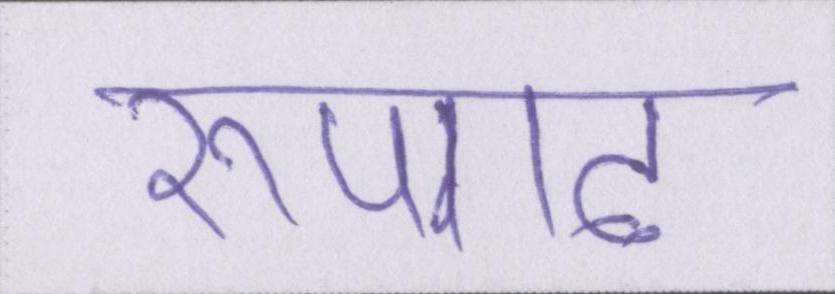
रूपगढ